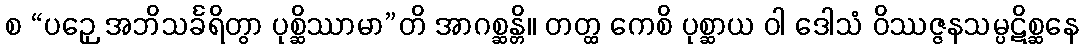
စ “ပဉှေ အဘိသင်္ခရိတွာ ပုစ္ဆိဿာမာ”တိ အာဂစ္ဆန္တိ။ တတ္ထ ကေစိ ပုစ္ဆာယ ဝါ ဒေါသံ ဝိဿဇ္ဇနသမ္ပဋိစ္ဆနေ